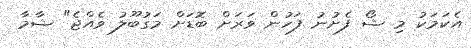
އެކަމަކު މި ޝޯ ފެށުނު ފަހުން ވަރަށް ބޮޑަށް މަގުބޫލު ވެއްޖެ" ޝާމާ